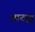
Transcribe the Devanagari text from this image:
आरुह्य